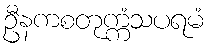
ဦနကစတုက္ကံသပရမံ